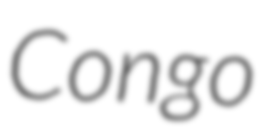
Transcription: Congo